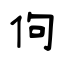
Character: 佝